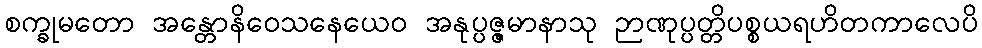
စက္ခုမတော အန္တောနိဝေသနေယေဝ အနုပ္ပဇ္ဇမာနာသု ဉာဏုပ္ပတ္တိပစ္စယရဟိတကာလေပိ